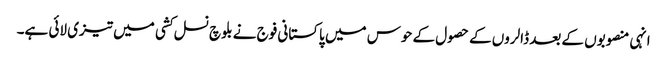
انہی منصوبوں کے بعد ڈالروں کے حصول کے حوس میں پاکستانی فوج نے بلوچ نسل کشی میں تیزی لائی ہے۔